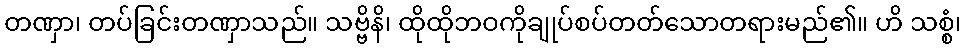
တဏှာ၊ တပ်ခြင်းတဏှာသည်။ သဗ္ဗိနိ၊ ထိုထိုဘဝကိုချုပ်စပ်တတ်သောတရားမည်၏။ ဟိ သစ္စံ၊